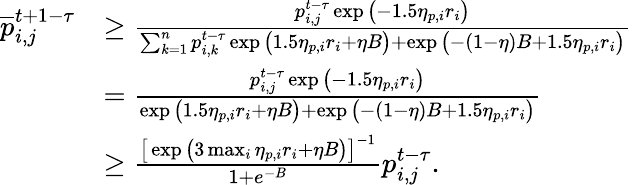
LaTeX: \begin{array}{rl}{\overline{{p}}_{i,j}^{t+1-\tau}}&{\geq\frac{p_{i,j}^{t-\tau}\exp\big(-1.5\eta_{p,i}r_{i}\big)}{\sum_{k=1}^{n}p_{i,k}^{t-\tau}\exp\big(1.5\eta_{p,i}r_{i}+\eta B\big)+\exp\big(-(1-\eta)B+1.5\eta_{p,i}r_{i}\big)}}\\ &{=\frac{p_{i,j}^{t-\tau}\exp\big(-1.5\eta_{p,i}r_{i}\big)}{\exp\big(1.5\eta_{p,i}r_{i}+\eta B\big)+\exp\big(-(1-\eta)B+1.5\eta_{p,i}r_{i}\big)}}\\ &{\geq\frac{\big[\exp\big(3\operatorname*{max}_{i}\eta_{p,i}r_{i}+\eta B\big)\big]^{-1}}{1+e^{-B}}p_{i,j}^{t-\tau}.}\end{array}